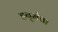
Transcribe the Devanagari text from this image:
हनुमंता